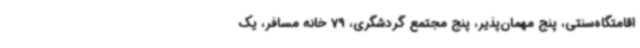
اقامتگاه‌سنتی، پنج مهمان‌پذیر، پنج مجتمع گردشگری، 79 خانه مسافر، یک